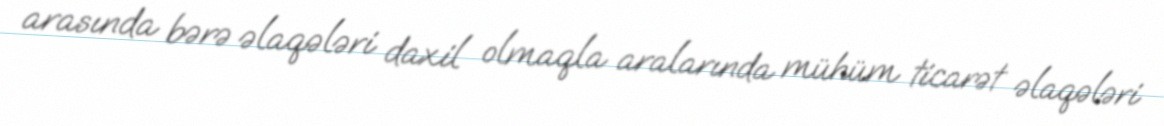
arasında bərə əlaqələri daxil olmaqla aralarında mühüm ticarət əlaqələri